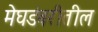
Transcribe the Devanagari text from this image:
मेघडंबरीतील